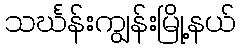
သင်္ဃန်းကျွန်းမြို့နယ်